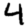
Digit: 4